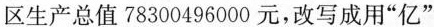
区生产总值78300496000元，改写成用”亿”